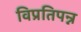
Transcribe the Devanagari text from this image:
विप्रतिपन्न